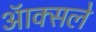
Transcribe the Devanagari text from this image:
ऑक्सले